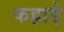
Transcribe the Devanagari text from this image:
कह्राड़े